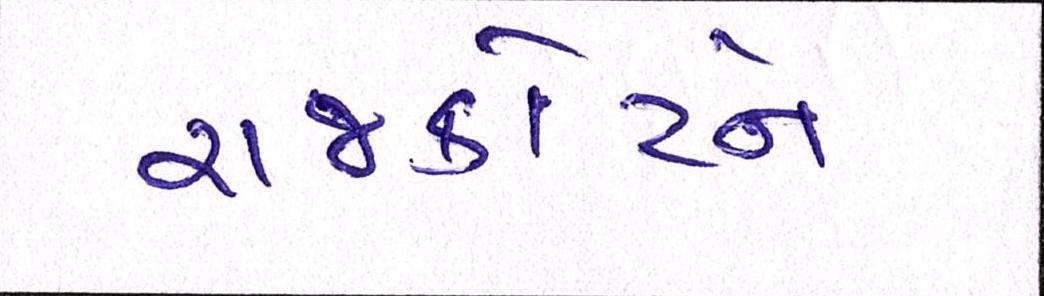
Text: રાજકોટને